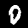
Digit: 0